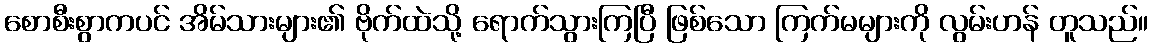
စောစီးစွာကပင် အိမ်သားများ၏ ဗိုက်ထဲသို့ ရောက်သွားကြပြီ ဖြစ်သော ကြက်မများကို လွမ်းဟန် တူသည်။